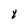
Character: Y